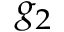
g _ { 2 }